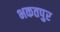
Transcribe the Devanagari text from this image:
भकतपुर